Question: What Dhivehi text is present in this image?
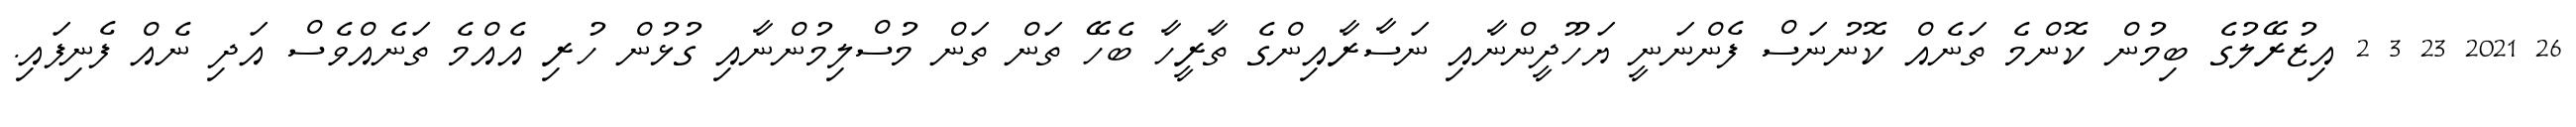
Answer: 26 2021 23 3 2 އިޒުރޭލުގެ ބިމުން ކޮންމެ ތަނެއް ކޮނުނަސް ފެންނަނީ ޔަހޫދީންނާއި ނަސާރާއިންގެ ތާރީހާ ބެހޭ ތަން ތަން މުސްލިމުންނާއި ގުޅުން ހުރި އެއްމެ ތަނެއްވެސް އަދި ނެއް ފެނިފައި.